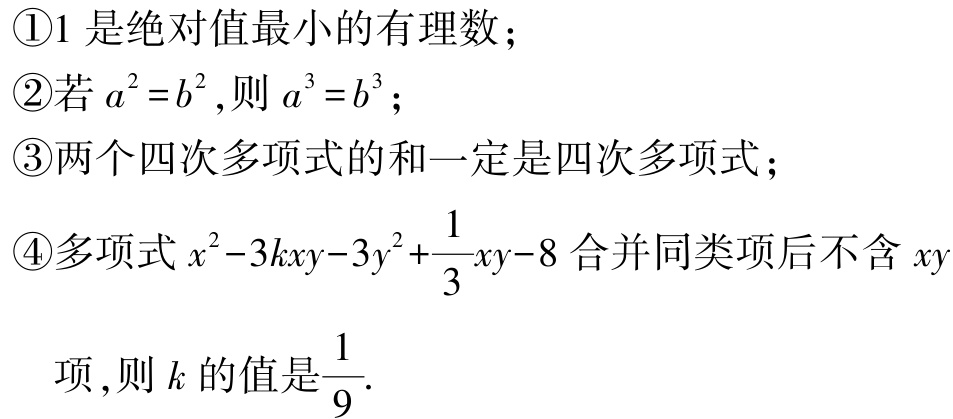
\textcircled{1}$1$是绝对值最小的有理数；
\textcircled{2}若$a^{2}=b^{2}$,则$a^{3}=b^{3}$；
\textcircled{3}两个四次多项式的和一定是四次多项式；
\textcircled{4}多项式$x^{2}-3kxy - 3y^{2}+\dfrac{1}{3}xy - 8$合并同类项后不含$xy$项,则$k$的值是$\dfrac{1}{9}$.